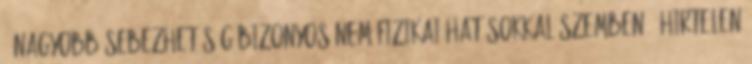
- Nagyobb sebezhetőség bizonyos nem-fizikai hatásokkal szemben – hirtelen